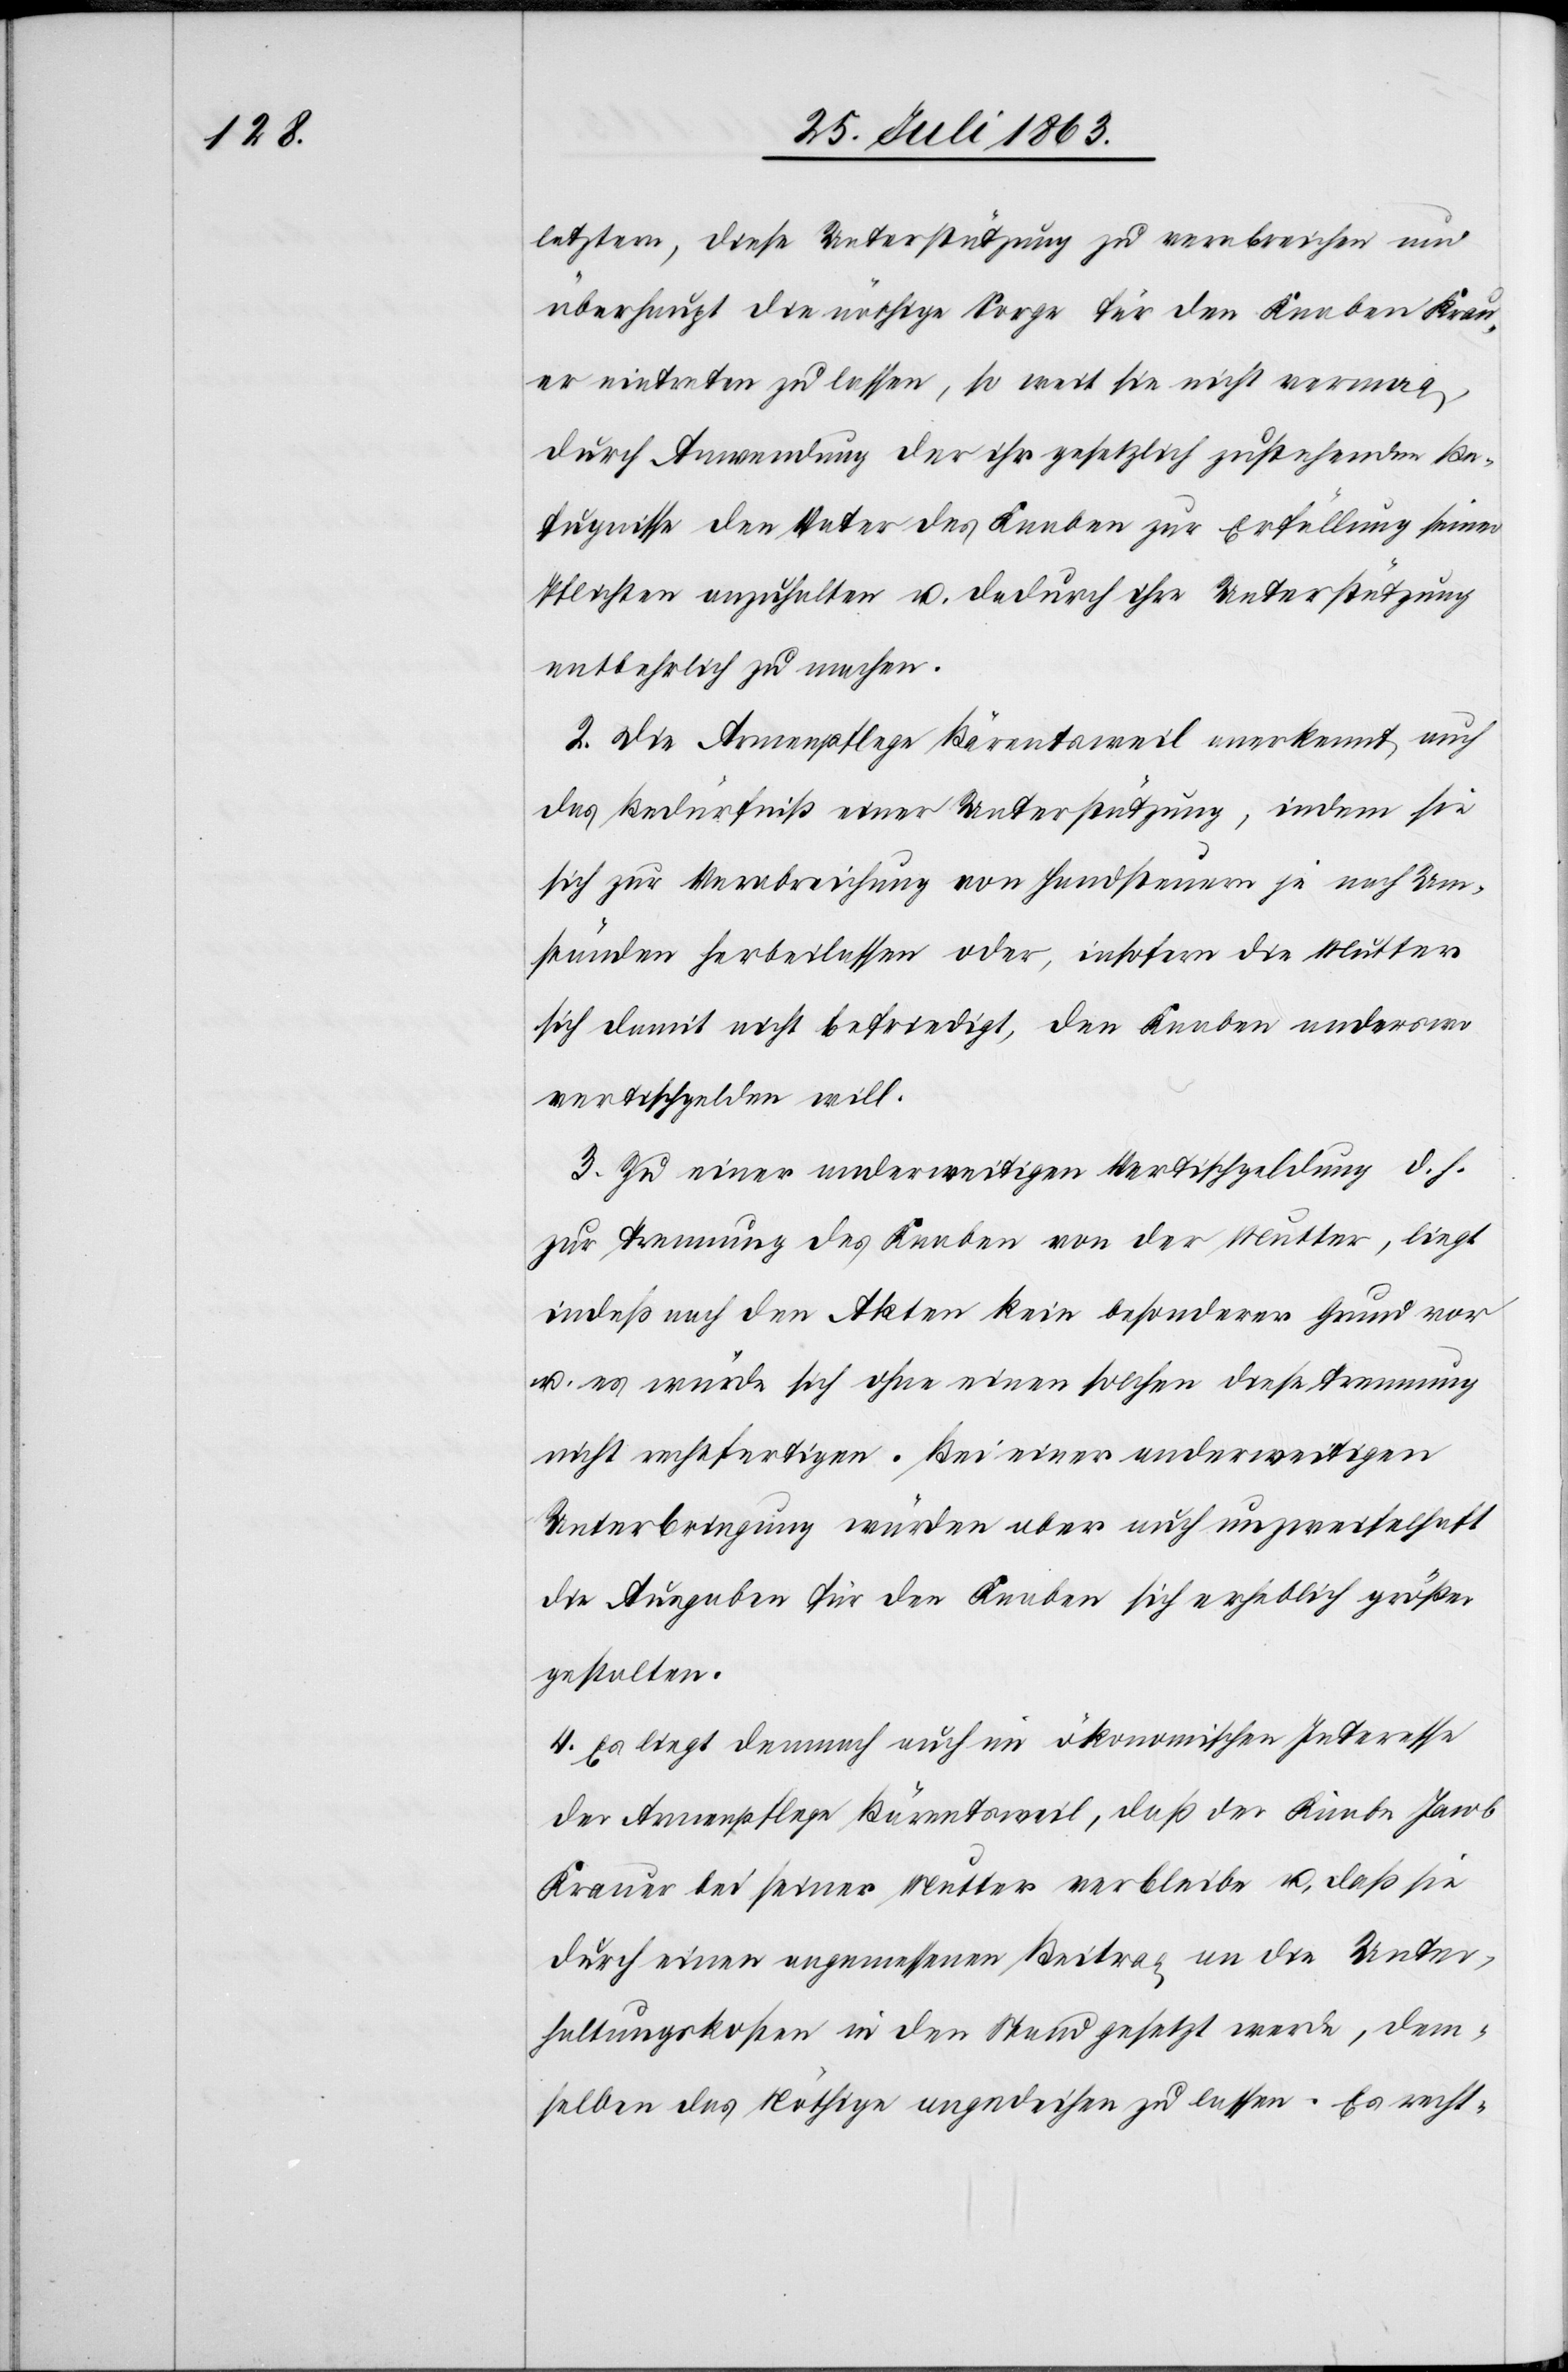
letztern, diese Unterstützung zu verabreichen und
überhaupt die nöthige Sorge für den Knaben Krau¬
er eintreten zu lassen, so weit sie nicht vermag,
durch Anwendung der ihr gesetzlich zustehenden Be¬
fugnisse den Vater des Knaben zur Erfüllung seiner
Pflichten anzuhalten u. dadurch ihre Unterstützung
entbehrlich zu machen.
2. Die Armenpflege Bärentsweil anerkennt auch
das Bedürfniß einer Unterstützung, indem sie
sich zur Verabreichung von Handsteuern je nach Um¬
ständen herbeilassen oder, insofern die Mutter
sich damit nicht befriedigt, den Knaben anderswo
vertischgelden will.
3. Zu einer anderweitigen Vertischgeldung d. h.
zur Trennung des Knaben von der Mutter, liegt
indeß nach den Akten kein besonderer Grund vor
u. es würde sich ohne einen solchen diese Trennung
nicht rechtfertigen. Bei einer anderweitigen
Unterbringung würden aber auch unzweifelhaft
die Ausgaben für den Knaben sich erheblich größer
gestalten.
4. Es liegt demnach auch im ökonomischen Interesse
der Armenpflege Bärentsweil, daß der Knabe Jacob
Krauer bei seiner Mutter verbleibe u. daß sie
durch einen angemessenen Beitrag an die Unter¬
haltungskosten in den Stand gesetzt werde, dem¬
selben das Nöthige angedeihen zu lassen. Es recht-